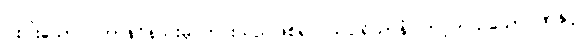
ငါးပါးသော ပဟာနဝိနည်းမှ ကင်းသည်ဖြစ်၍။ သပ္ပုရိယာနံ၊ တင့်တယ်သောဂုဏ်နှင့်